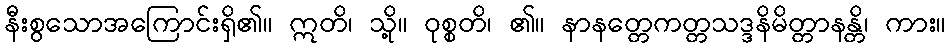
နီးစွသောအကြောင်းရှိ၏။ ဣတိ၊ သို့။ ဝုစ္စတိ၊ ၏။ နာနတ္တေကတ္တသဒ္ဒနိမိတ္တာနန္တိ၊ ကား။